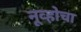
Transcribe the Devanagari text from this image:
नूव्होचा